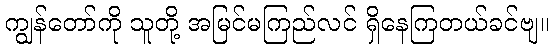
ကျွန်တော်ကို သူတို့ အမြင်မကြည်လင် ရှိနေကြတယ်ခင်ဗျ။